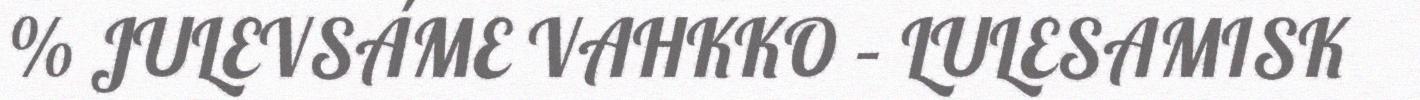
% JULEVSÁME VAHKKO – LULESAMISK